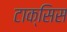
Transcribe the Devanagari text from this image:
टाक्सिस